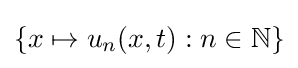
\{x\mapsto u_{n}(x,t):n\in \mathbb {N} \}